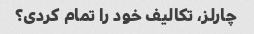
چارلز، تکالیف خود را تمام کردی؟